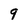
Character: 9